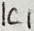
Text: IC1